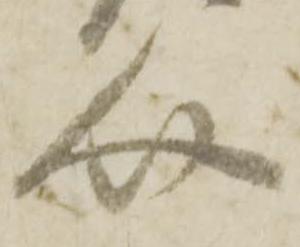
介